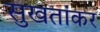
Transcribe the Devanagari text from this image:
सुखतांकर